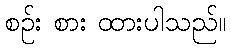
စဉ်း စား ထားပါသည်။